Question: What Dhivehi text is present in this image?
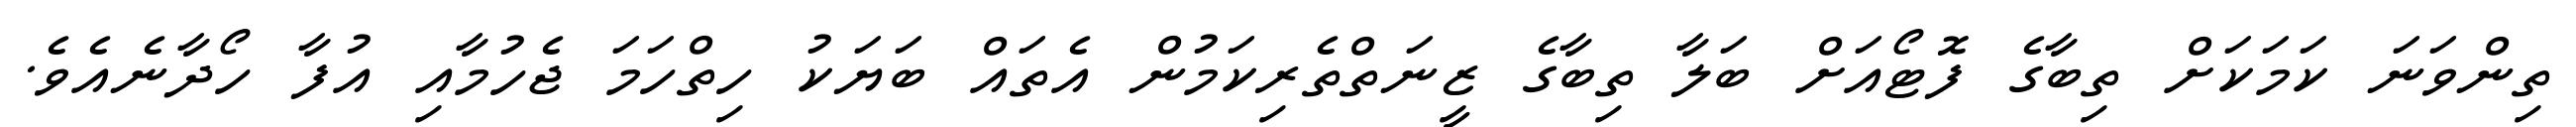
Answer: ތިންވަނަ ކަމަކަށް ތިބާގެ ފޮޓޯއަށް ބަލާ ތިބާގެ ޒީނަތްތެރިކަމުން އެތައް ބަޔަކު ހިތްހަމަ ޖެހުމާއި އުފާ ހޯދާނެއެވެ.